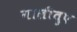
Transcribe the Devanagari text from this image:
गालीतुए